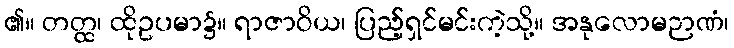
၏။ တတ္ထ၊ ထိုဥပမာ၌။ ရာဇာဝိယ၊ ပြည့်ရှင်မင်းကဲ့သို့။ အနုလောမဉာဏံ၊